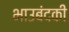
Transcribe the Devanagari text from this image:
भाउबंदकी